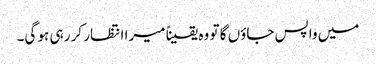
میں واپس جاؤں گا تو وہ یقیناً میرا انتظار کر رہی ہو گی۔